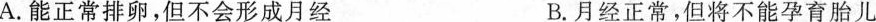
A.能正常排卵，但不会形成月经 B.月经正常，但将不能孕育胎儿